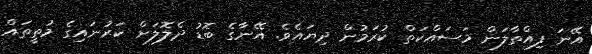
އޭނަ ފިއްތާލަން މަސައްކަތް ކުރަމުން ދިޔައެވެ. އޭނާގެ ބޮޑު ދެލޮލަށް ކަރުނައިގެ މުތީތައް